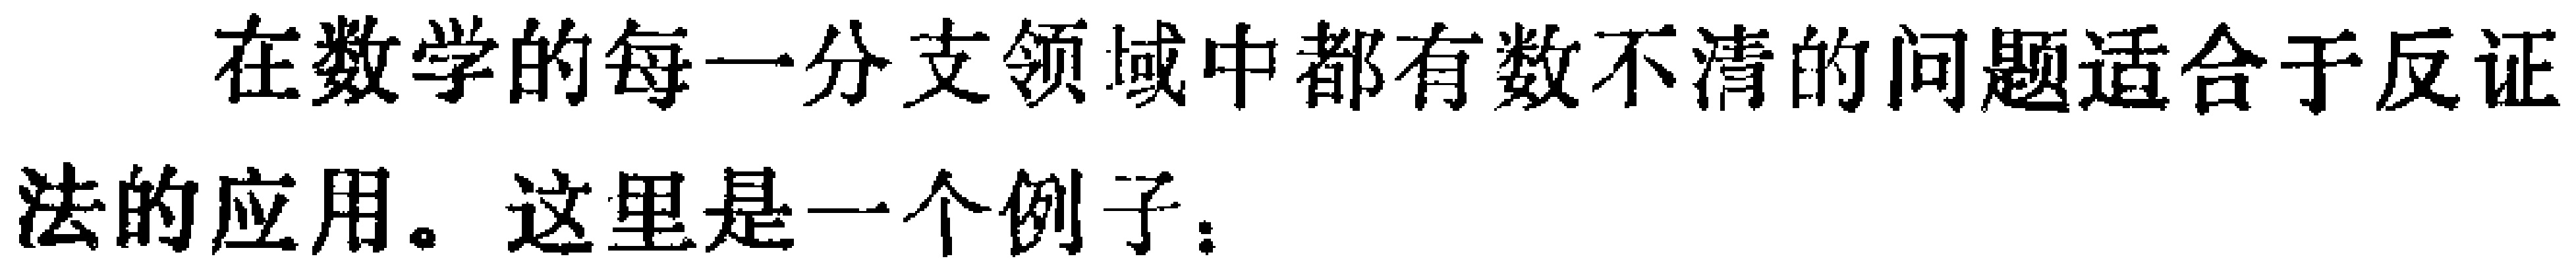
在数学的每一分支领域中都有数不清的问题适合于反证法的应用。这里是一个例子：